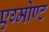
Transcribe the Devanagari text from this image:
एग्मोण्ट